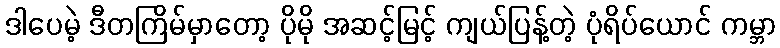
ဒါပေမဲ့ ဒီတကြိမ်မှာတော့ ပိုမို အဆင့်မြင့် ကျယ်ပြန့်တဲ့ ပုံရိပ်ယောင် ကမ္ဘာ